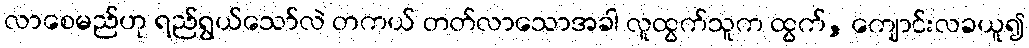
လာစေမည်ဟု ရည်ရွယ်သော်လဲ တကယ် တတ်လာသောအခါ လူထွက်သူက ထွက်, ကျောင်းလခယူ၍